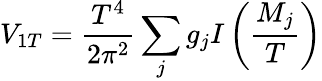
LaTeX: V_{1T}={\frac{T^{4}}{2\pi^{2}}}\sum_{j}g_{j}I\left(\frac{M_{j}}{T}\right)